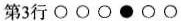
第3行